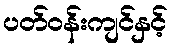
ပတ်ဝန်းကျင်နှင့်